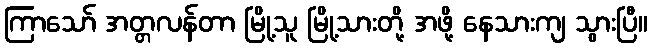
ကြာသော် အတ္တလန်တာ မြို့သူ မြို့သားတို့ အဖို့ နေသားကျ သွားပြီ။